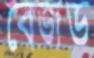
বেজড